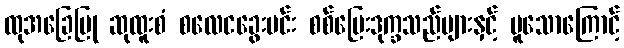
ထုအခြေပြု ဆုထူးစံ စလေငခွေးမင်း စစ်ပြေးဒုက္ခသည်များနှင့် မူသောကြောင့်